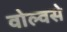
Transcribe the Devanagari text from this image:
वोल्वसे